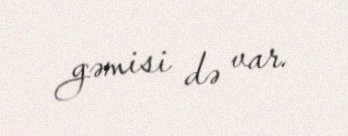
gəmisi də var.